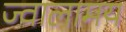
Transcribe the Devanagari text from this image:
ज्वालामय